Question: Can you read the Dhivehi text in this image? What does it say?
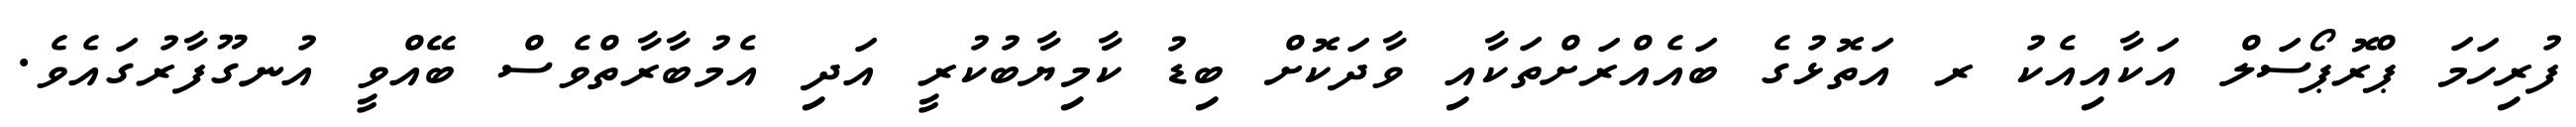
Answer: ފުރިހަމަ ޕްރޮޕޯސަލް އަކާއިއެކު ރ އަތޮޅުގެ ބައެއްރަށްތަކާއި ވާދަކޮށް ބިޑު ކާމިޔާބުކުރީ އަދި އެމުބާރާތްވެސް ބޭއްވީ އުނގޫފާރުގައެވެ.